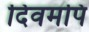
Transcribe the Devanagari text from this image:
दिवमपि